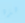
هذه